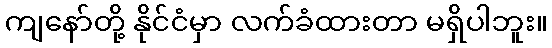
ကျနော်တို့ နိုင်ငံမှာ လက်ခံထားတာ မရှိပါဘူး။